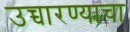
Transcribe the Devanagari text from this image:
उच्चारण्याचा